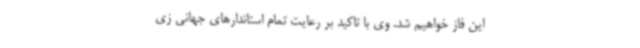
این فاز خواهیم شد. وی با تاکید بر رعایت تمام استاندارهای جهانی زی